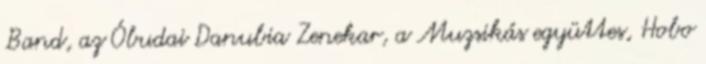
Band, az Óbudai Danubia Zenekar, a Muzsikás együttes, Hobo